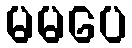
မမပေ